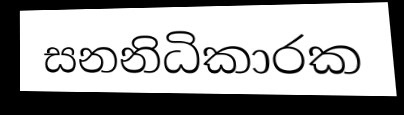
සනනිධිකාරක